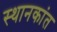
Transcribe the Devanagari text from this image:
स्थानकांत